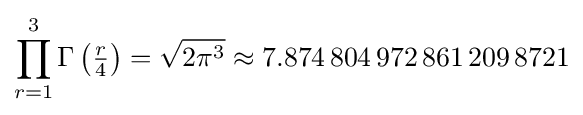
\prod _{r=1}^{3}\Gamma \left({\tfrac {r}{4}}\right)={\sqrt {2\pi ^{3}}}\approx 7.874\,804\,972\,861\,209\,8721